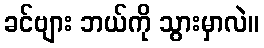
ခင်ဗျား ဘယ်ကို သွားမှာလဲ။